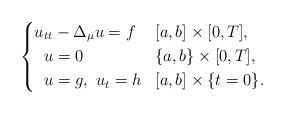
LaTeX: \begin{align*}\left \{\begin{aligned} u_{tt} &- \Delta_{\mu}u = f && [a,b] \times [0,T],\\ u&=0 &&\{a, b\} \times [0,T] ,\\ u&=g,\ u_t=h && [a,b] \times \{t=0\}.\end{aligned}\right.\end{align*}